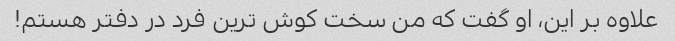
علاوه بر این، او گفت که من سخت کوش ترین فرد در دفتر هستم!